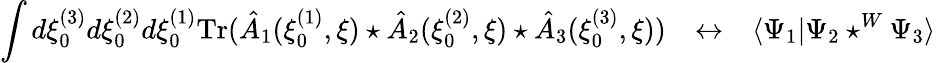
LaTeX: \int d\xi_{0}^{(3)}d\xi_{0}^{(2)}d\xi_{0}^{(1)}\mathrm{Tr}(\hat{A}_{1}(\xi_{0}^{(1)},\xi)\star\hat{A}_{2}(\xi_{0}^{(2)},\xi)\star\hat{A}_{3}(\xi_{0}^{(3)},\xi))~~~\leftrightarrow~~~\langle\Psi_{1}|\Psi_{2}\star^{W}\Psi_{3}\rangle